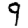
Digit: 9